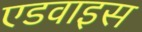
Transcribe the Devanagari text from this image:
एडवाइस